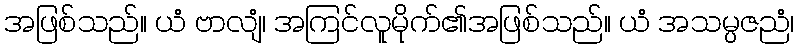
အဖြစ်သည်။ ယံ ဗာလျံ၊ အကြင်လူမိုက်၏အဖြစ်သည်။ ယံ အသမ္ပဇညံ၊